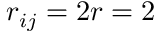
r _ { i j } = 2 r = 2